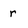
Character: r